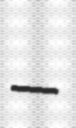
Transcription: –